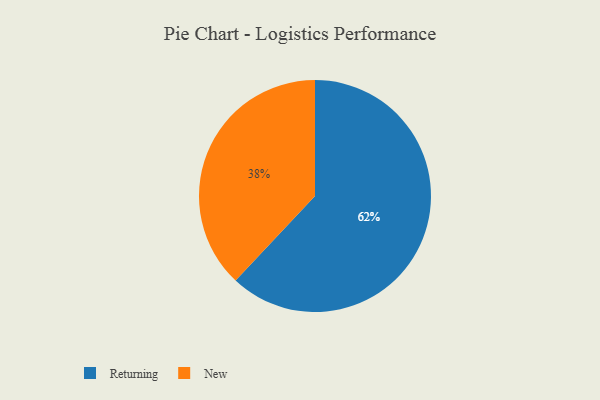
{"axis": {"x": "Category", "y": "Percentage"}, "legend": ["New", "Returning"], "data": [{"x": "New", "y": 38, "type": "New"}, {"x": "Returning", "y": 62, "type": "Returning"}]}